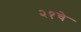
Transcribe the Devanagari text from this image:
२१चे